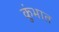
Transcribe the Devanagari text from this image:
कुंभात